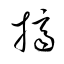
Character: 擠